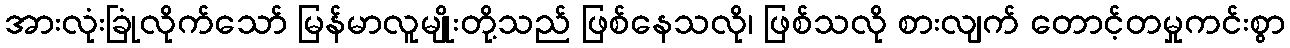
အားလုံးခြုံလိုက်သော် မြန်မာလူမျိုးတို့သည် ဖြစ်နေသလို၊ ဖြစ်သလို စားလျက် တောင့်တမှုကင်းစွာ